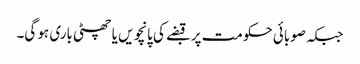
جبکہ صوبائی حکومت پر قبضے کی پانچویں یا چھٹی باری ہو گی۔